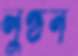
লুণ্ঠন